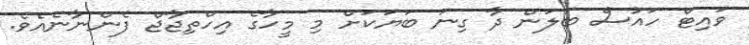
ވައިޓް ހައުސް ބަލަން ދާ ގިނަ ބަޔަކަށް މި މީހާގެ އިހްތިޖާޖް ފެންނާނެއެވެ.